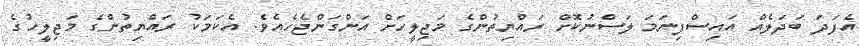
އެފަދަ ބަދަލެއް އައިސްފިނަމަ ލަސްނުކޮށް ރައްޔިތުންގެ މަޖިލީހަށް އަންގަންޖެހެއެވެ. އެކަމަކު ރައްޔިތުންގެ މަޖިލީހުގެ